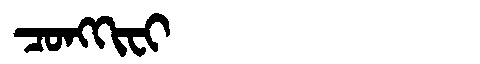
Manchu: ᠴᠣᠩᡴᡳᠸᡳ
Romanization: CONGKIFI